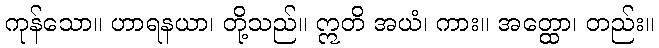
ကုန်သော။ ဟာရနယာ၊ တို့သည်။ ဣတိ အယံ၊ ကား။ အတ္ထော၊ တည်း။